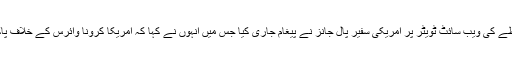
تفصیلات کے مطابق سماجی رابطے کی ویب سائٹ ٹویٹر پر امریکی سفیر پال جانز نے پیغام جاری کیا جس میں انہوں نے کہا کہ امریکا کرونا وائرس کے خلاف پاکستان کو نئے فنڈز فراہم کرےگا۔